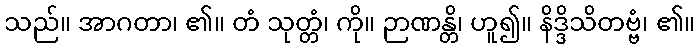
သည်။ အာဂတာ၊ ၏။ တံ သုတ္တံ၊ ကို။ ဉာဏန္တိ၊ ဟူ၍။ နိဒ္ဒိသိတဗ္ဗံ၊ ၏။